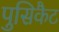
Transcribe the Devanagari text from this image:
पुसिकैट